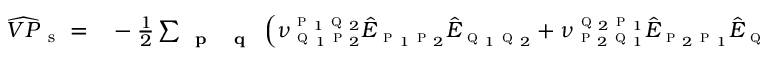
\begin{array} { r l } { \widehat { V P } _ { \mathrm { ~ s ~ } } = } & { { } - \frac { 1 } { 2 } \sum _ { \textbf { \textsc { p } } \textbf { \textsc { q } } } \left( \nu _ { \textsc { q } _ { 1 } \textsc { p } _ { 2 } } ^ { \textsc { p } _ { 1 } \textsc { q } _ { 2 } } \hat { E } _ { \textsc { p } _ { 1 } \textsc { p } _ { 2 } } \hat { E } _ { \textsc { q } _ { 1 } \textsc { q } _ { 2 } } + \nu _ { \textsc { p } _ { 2 } \textsc { q } _ { 1 } } ^ { \textsc { q } _ { 2 } \textsc { p } _ { 1 } } \hat { E } _ { \textsc { p } _ { 2 } \textsc { p } _ { 1 } } \hat { E } _ { \textsc { q } _ { 2 } \textsc { q } _ { 1 } } \right) } \end{array}